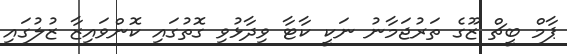
ޕާމް ބީޗް ޒޫގެ ތަރުޖަމާނު ނަކީ ކާޓާ ވިދާޅުވި ގޮތުގައި ކޮންވައިޒާ ޒުލުގައި